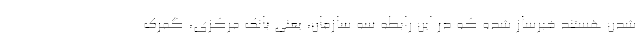
شدن هستند خبرساز شده که در این رابطه سه سازمان، یعنی بانک مرکزی، گمرک